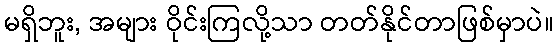
မရှိဘူး, အများ ဝိုင်းကြလို့သာ တတ်နိုင်တာဖြစ်မှာပဲ။